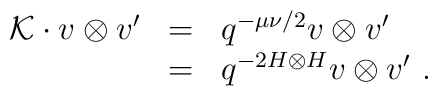
\begin{array}{rcl}{\cal K}\cdot v\otimes v'&=& q^{-\mu\nu/2}v\otimes v'\\                         &=&q^{-2H\otimes H}v\otimes v'~.\end{array}